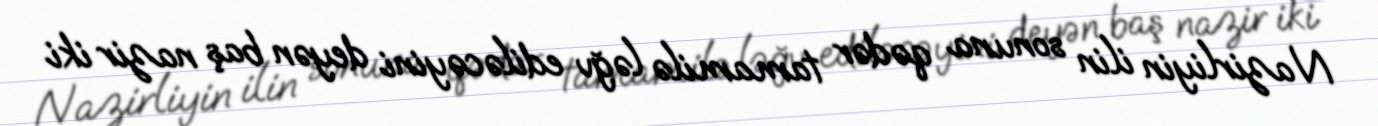
Nazirliyin ilin sonuna qədər tamamilə ləğv ediləcəyini deyən baş nazir iki